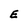
Character: E